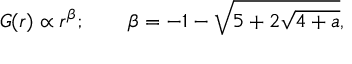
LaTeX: G ( r ) \propto r ^ { \beta } ; \qquad \beta = - 1 - \sqrt { 5 + 2 \sqrt { 4 + a } } ,